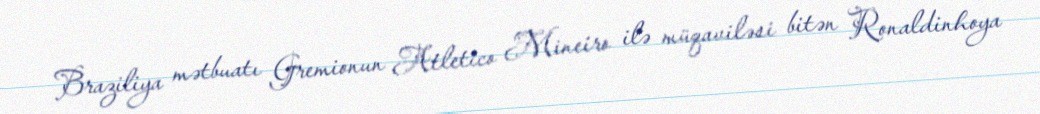
Braziliya mətbuatı Gremionun Atletico Mineiro ilə müqaviləsi bitən Ronaldinhoya